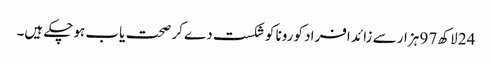
24 لاکھ 97 ہزار سے زائد افراد کورونا کو شکست دے کر صحت یاب ہوچکے ہیں۔